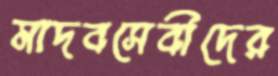
মাদবসেবীদের